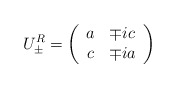
\begin{align*}U_{\pm }^R=\left( \begin{array}{cc}a & \mp ic \\ c & \mp ia\end{array}\right)\end{align*}